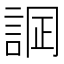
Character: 𧨋